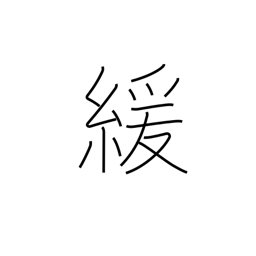
Meaning: loosen